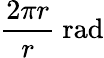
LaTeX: {\frac{2\pi r}{r}}{\mathrm{~rad}}